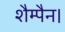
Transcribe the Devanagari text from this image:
शैम्पैन।